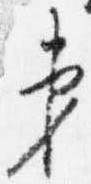
第